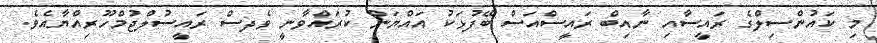
މި ކައުންސިލްގެ ރައީސާއި ނާއިބް ރައީސްއަސް ބޭފުޅަކު އައްޔަން ކުރައްވާނީ ވެދސް ރައީސުލްޖުމްހޫރިއްޔާއެވެ.